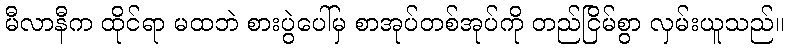
မီလာနီက ထိုင်ရာ မထဘဲ စားပွဲပေါ်မှ စာအုပ်တစ်အုပ်ကို တည်ငြိမ်စွာ လှမ်းယူသည်။